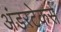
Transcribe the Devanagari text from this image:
अंडरटेकर्स